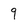
Character: 9